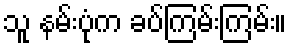
သူ နမ်းပုံက ခပ်ကြမ်းကြမ်း။